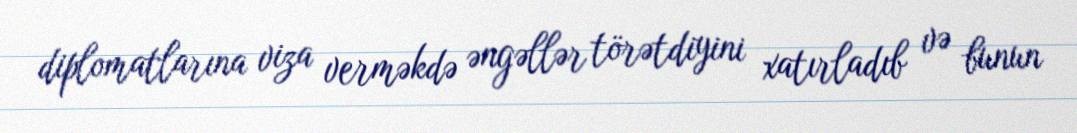
diplomatlarına viza verməkdə əngəllər törətdiyini xatırladıb və bunun